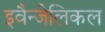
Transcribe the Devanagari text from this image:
इवैन्जेलिकल